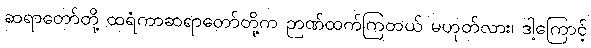
ဆရာတော်တို့ ထရံကာဆရာတော်တို့က ဉာဏ်ထက်ကြတယ် မဟုတ်လား၊ ဒါ့ကြောင့်